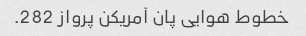
خطوط هوایی پان آمریکن پرواز 282.